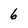
Character: 6